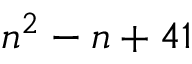
n ^ { 2 } - n + 4 1